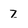
Character: Z